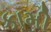
કામી